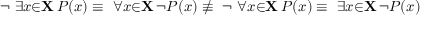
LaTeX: \lnot \ \exists { x } { \in } \mathbf { X } \, P ( x ) \equiv \ \forall { x } { \in } \mathbf { X } \, \lnot P ( x ) \not \equiv \ \lnot \ \forall { x } { \in } \mathbf { X } \, P ( x ) \equiv \ \exists { x } { \in } \mathbf { X } \, \lnot P ( x )